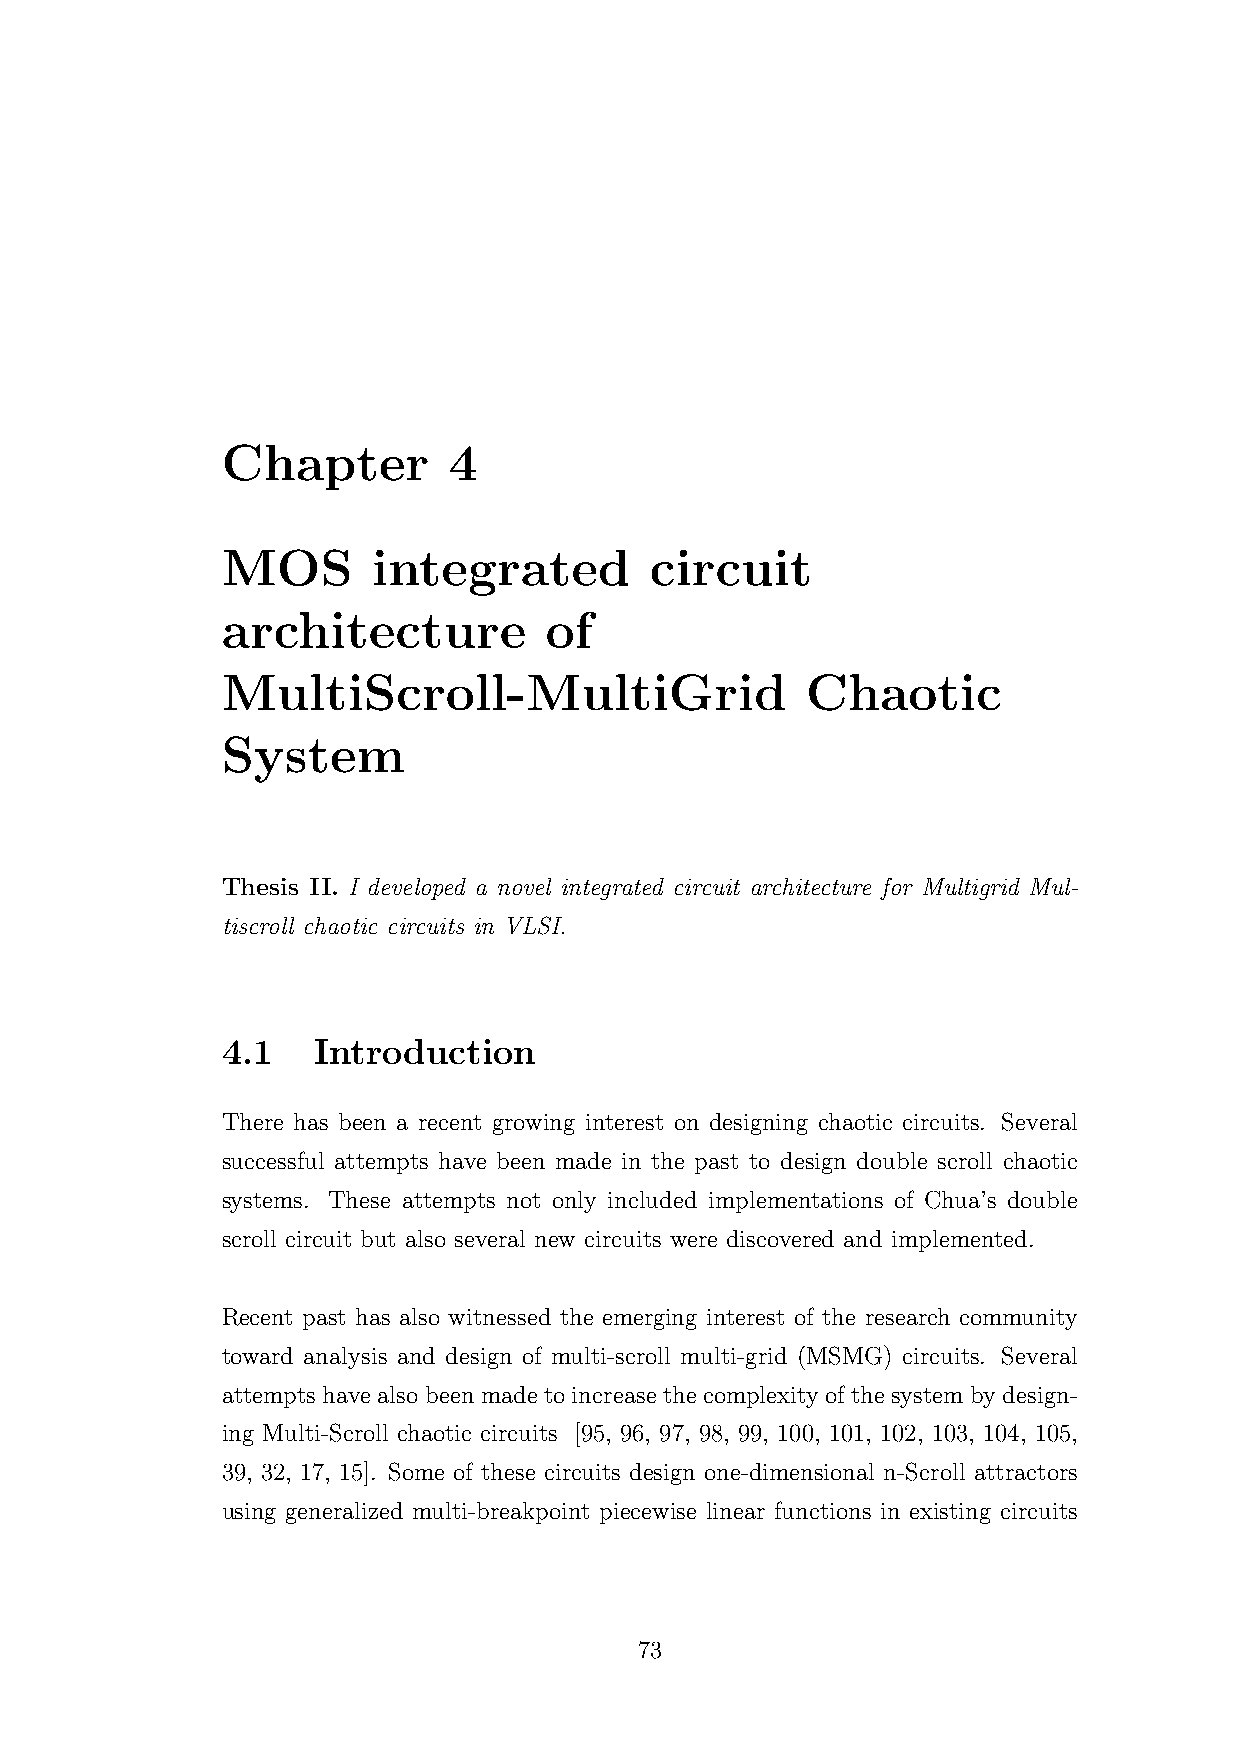
Chapter        4
 MOS       integrated        circuit
 architecture         of
 MultiScroll-MultiGrid                 Chaotic
 System
 Thesis II. I developed a novel integrated circuit architecture for Multigrid Mul-
 tiscroll chaotic circuits in VLSI.
 4.1   Introduction
 There has been a recent growing interest on designing chaotic circuits. Several
 successful attempts have been made in the past to design double scroll chaotic
 systems. These attempts not only included implementations of Chua’s double
 scroll circuit but also several new circuits were discovered and implemented.
 Recent past has also witnessed the emerging interest of the research community
 toward analysis and design of multi-scroll multi-grid (MSMG) circuits. Several
 attempts have also been made to increase the complexity of the system by design-
 ing Multi-Scroll chaotic circuits [95, 96, 97, 98, 99, 100, 101, 102, 103, 104, 105,
 39, 32, 17, 15]. Some of these circuits design one-dimensional n-Scroll attractors
 using generalized multi-breakpoint piecewise linear functions in existing circuits
 73